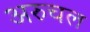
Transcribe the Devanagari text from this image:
अरुचल